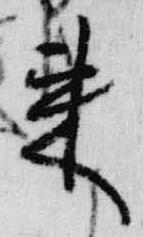
来